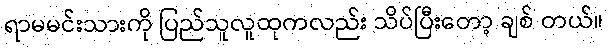
ရာမမင်းသားကို ပြည်သူလူထုကလည်း သိပ်ပြီးတော့ ချစ် တယ်။